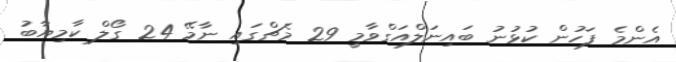
އެންމެ ފަހުން ކުޅުނު ބައިނަލްއަގްވާމީ 29 މެޗްގައި ނާމޭ 24 ގޯލް ކާމިޔާބު